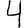
Digit: 4